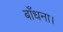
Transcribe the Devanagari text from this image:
बाँधना।